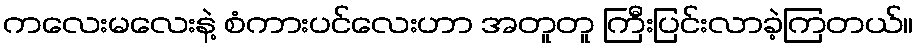
ကလေးမလေးနဲ့ စံကားပင်လေးဟာ အတူတူ ကြီးပြင်းလာခဲ့ကြတယ်။